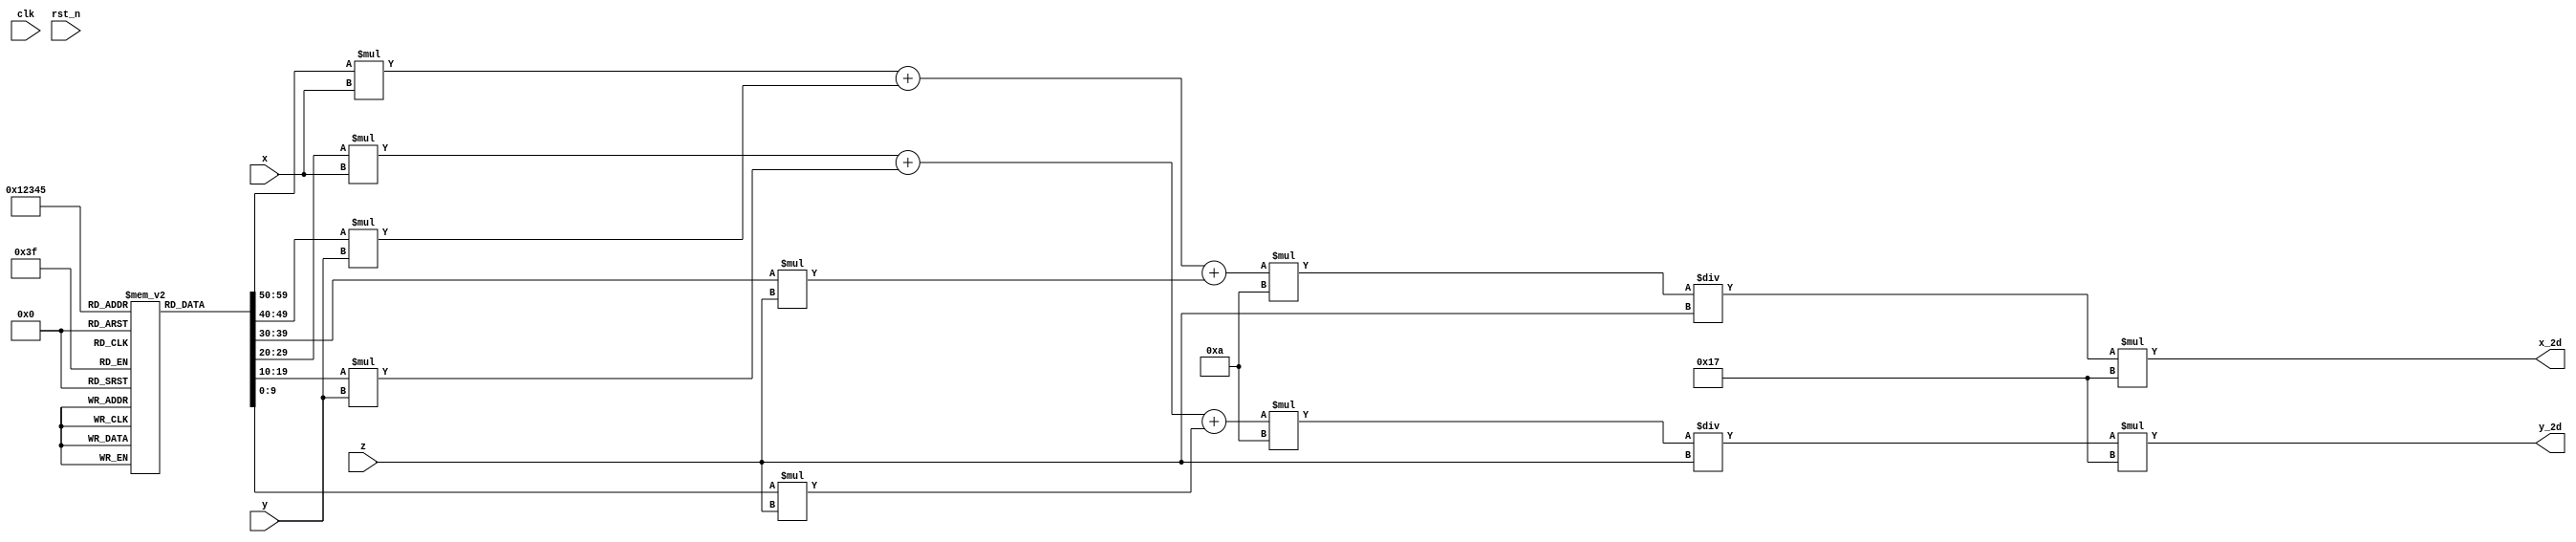
module coordinate_3DTO2D(
     input                      clk
    ,input                      rst_n
    ,input signed [32- 1: 0]    x
    ,input signed [32- 1: 0]    y
    ,input signed [16- 1: 0]    z
    ,output       [32- 1: 0]    x_2d
    ,output       [32- 1: 0]    y_2d
);

localparam height = 4800; //height/156 or width/208
localparam weight = 274;
localparam rate = height / 'd208;

reg  [10- 1: 0] IntrinsicMatrix [ 0:3 - 1] [ 0:3 - 1];

initial begin
    IntrinsicMatrix[0][0] <= 437;      //
    IntrinsicMatrix[0][1] <= 0;
    IntrinsicMatrix[0][2] <= 242;
    IntrinsicMatrix[1][0] <= 0;
    IntrinsicMatrix[1][1] <= 330;
    IntrinsicMatrix[1][2] <= 145;
end

assign x_2d = (   IntrinsicMatrix[0][0] * x 
                + IntrinsicMatrix[0][1] * y
                + IntrinsicMatrix[0][2] * z
              ) * 10 / z * rate;

assign y_2d = (   IntrinsicMatrix[1][0] * x 
                + IntrinsicMatrix[1][1] * y
                + IntrinsicMatrix[1][2] * z
              ) * 10 / z * rate;

endmodule